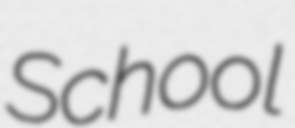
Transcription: School